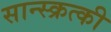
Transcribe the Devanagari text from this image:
सान्स्क्रत्की